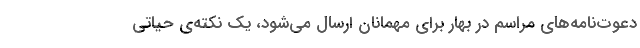
دعوت‌نامه‌های مراسم در بهار برای مهمانان ارسال می‌شود، یک نکته‌ی حیاتی